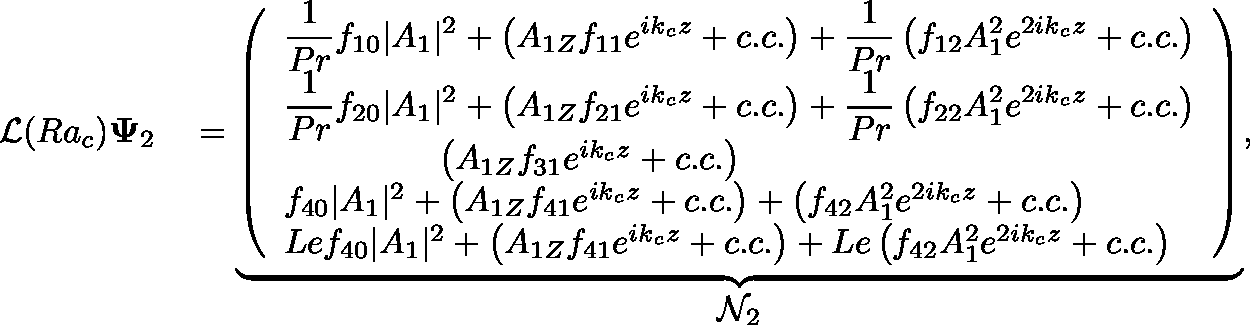
\begin{array} { r l } { \mathcal { L } ( R a _ { c } ) \mathbf { \Psi } _ { 2 } } & { { } = \underbrace { \left( \begin{array} { l } { \displaystyle \frac { 1 } { P r } f _ { 1 0 } | A _ { 1 } | ^ { 2 } + \left( A _ { 1 Z } f _ { 1 1 } e ^ { i k _ { c } z } + c . c . \right) + \displaystyle \frac { 1 } { P r } \left( f _ { 1 2 } A _ { 1 } ^ { 2 } e ^ { 2 i k _ { c } z } + c . c . \right) } \\ { \displaystyle \frac { 1 } { P r } f _ { 2 0 } | A _ { 1 } | ^ { 2 } + \left( A _ { 1 Z } f _ { 2 1 } e ^ { i k _ { c } z } + c . c . \right) + \displaystyle \frac { 1 } { P r } \left( f _ { 2 2 } A _ { 1 } ^ { 2 } e ^ { 2 i k _ { c } z } + c . c . \right) } \\ { \hphantom { f _ { 2 0 } | A _ { 1 } | ^ { 2 } + } \left( A _ { 1 Z } f _ { 3 1 } e ^ { i k _ { c } z } + c . c . \right) \hphantom { + \left( f _ { 2 2 } A _ { 1 } ^ { 2 } e ^ { 2 i k _ { c } z } + c . c . \right) } } \\ { f _ { 4 0 } | A _ { 1 } | ^ { 2 } + \left( A _ { 1 Z } f _ { 4 1 } e ^ { i k _ { c } z } + c . c . \right) + \left( f _ { 4 2 } A _ { 1 } ^ { 2 } e ^ { 2 i k _ { c } z } + c . c . \right) } \\ { L e f _ { 4 0 } | A _ { 1 } | ^ { 2 } + \left( A _ { 1 Z } f _ { 4 1 } e ^ { i k _ { c } z } + c . c . \right) + L e \left( f _ { 4 2 } A _ { 1 } ^ { 2 } e ^ { 2 i k _ { c } z } + c . c . \right) } \end{array} \right) } _ { \displaystyle \mathcal { N } _ { 2 } } , } \end{array}